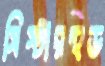
সিস্টারহুড